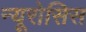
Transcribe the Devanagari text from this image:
न्यूरोसिस